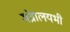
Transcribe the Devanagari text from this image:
मंत्रालयभी